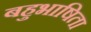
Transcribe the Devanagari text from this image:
बहुभाषिता